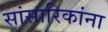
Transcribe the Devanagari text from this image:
सांसारिकांना